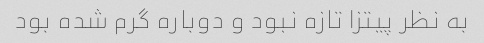
به نظر پیتزا تازه نبود و دوباره گرم شده بود